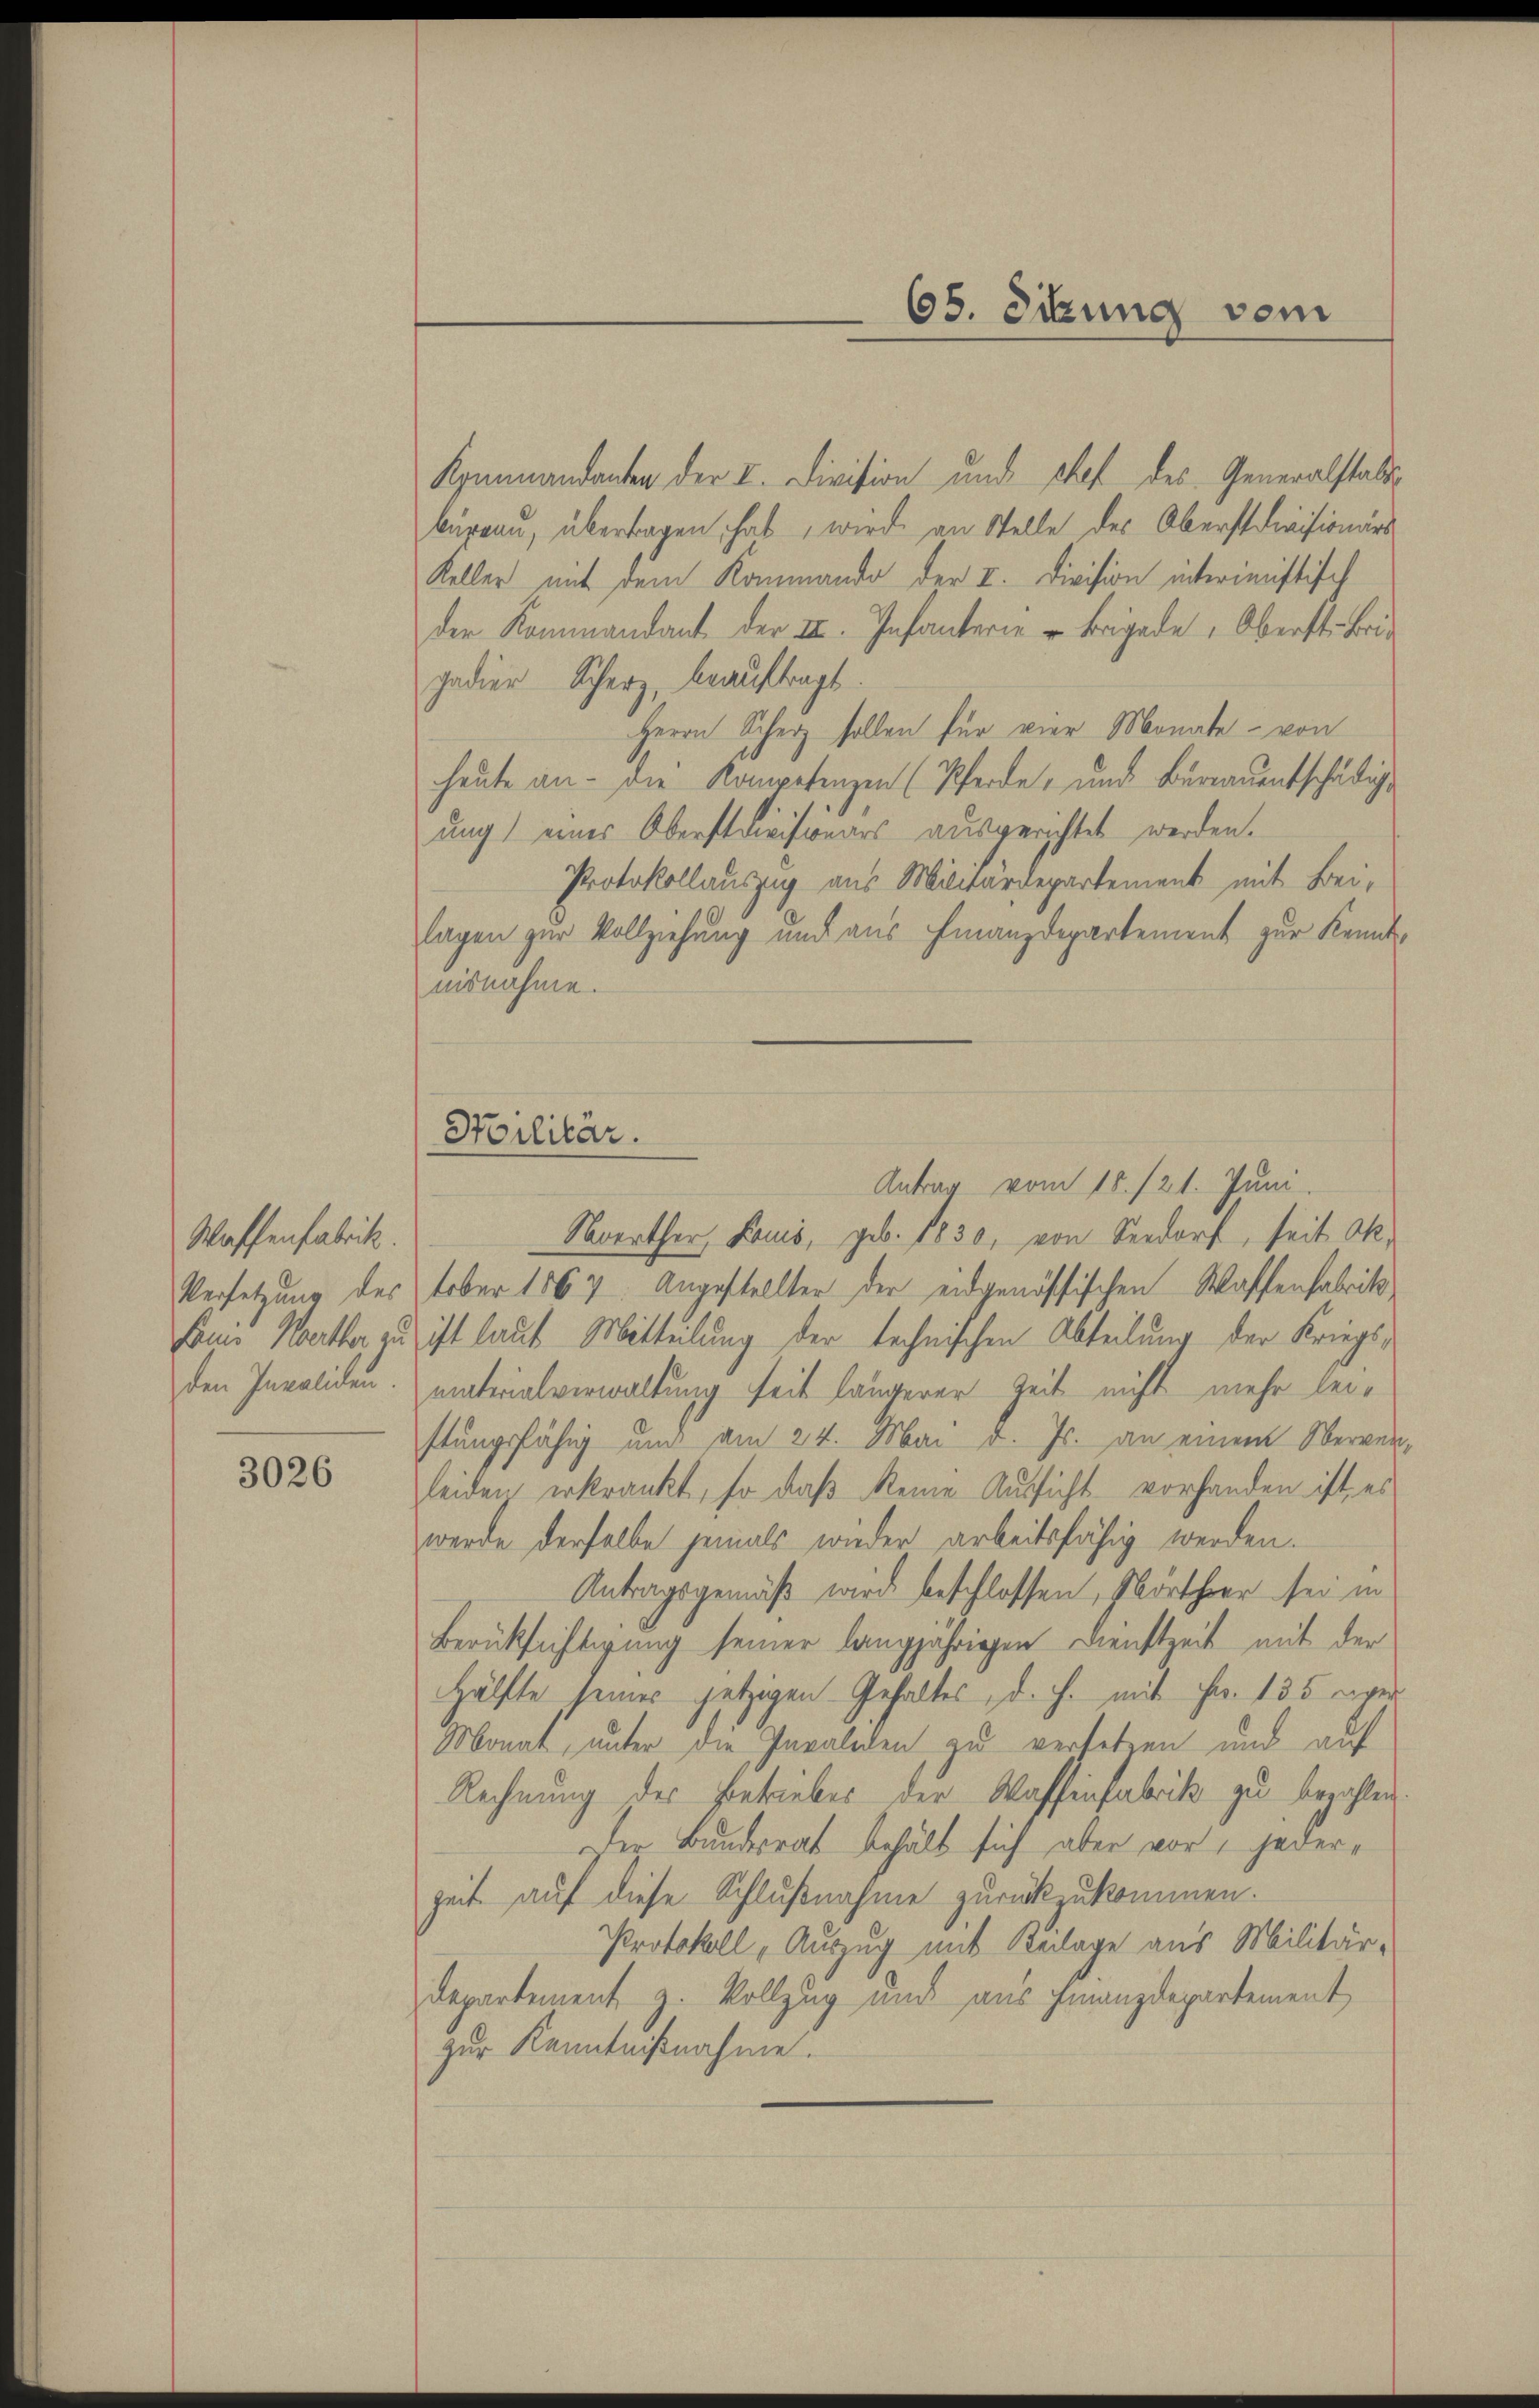
Waffenfabrik.
Versetzung des
seine Werthor zu
den Invaliden.

3026

Soilitär.

Kommandanten der I. Division und chef des Generalstattbüreau, übertragen hat, wird an Stelle des Oberstdivisionärs
Keller mit dem Kommando der II. Division interimistisch
der Kommandant der III. Infanterie u Brigade, Oberst Brie
gedier Scherz, beauftragt.
Herrn Scherz sollen für vier Monate - von
heute an - die Kompetenzen (Pferde, und Büreau entschädigung) eines Oberstdivisionars ausgerichtet werden.
Protokollauszug aus Miliardepartement mit Bei-
lagen zur Vollziehung und aus Finanzdepartement zur Kenntnisnahme.
Antrag vom 15./21. Juni.
Severther, Lauis, geb. 1830, von Seedorf, seit Oktober 1867. Angestellter der eidgenössischen Waffenfabrik
ist laut Mitteilung der technischen Abteilung der Kriegsmaterialverwaltung seit längerer Zeit nicht mehr leistungsfähig und am 24. Mai d. Js. an einem Nerver-
leiden, erkränkt, so daß keine Aussicht vorhanden ist, es
werde derselbe jemals wieder arbeitsfähig werden.
Antragsgemäß wird beschlossen, Wörtherr sei in
Berückhaftigung seiner langjährigen Dienstzeit mit der
Hälfte seines jetzigen Gehaltes, d. h. mit Fr. 135 eiger
Monat, unter die Paraliden zu versetzen und auf
Rechnung des Betriebes der Waffenfabrik zu bezahlen.
der Bundesrat behält sich aber vor, jederzeit auf diese Schlußnahme zurückzukommen.
Protokoll, Auszug mit Beilage aus Militär¬
Departement z. Vollzug und aus Finanzdepartement
zur Kenntnißnahme.

65. Sitzung vom